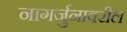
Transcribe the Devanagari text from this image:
नागर्जुनावरील